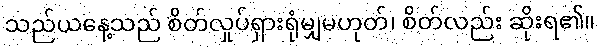
သည်ယနေ့သည် စိတ်လှုပ်ရှားရုံမျှမဟုတ်၊ စိတ်လည်း ဆိုးရ၏။